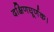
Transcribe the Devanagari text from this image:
दक्षिणघूर्णक।